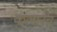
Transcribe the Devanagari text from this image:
कलानच